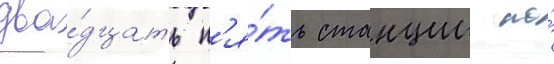
два́дцать п'я́ть станции по́